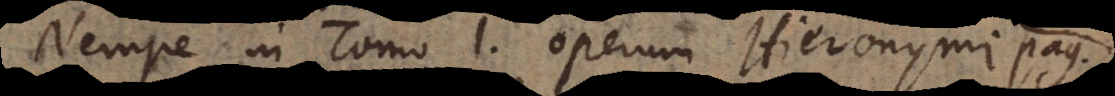
Nempe in Tomo [II.] Operum Hieronymi pag.